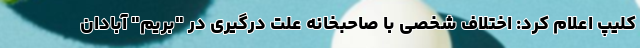
کلیپ اعلام کرد:‌ اختلاف شخصی با صاحبخانه علت درگیری در "بریم" آبادان